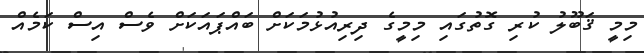
މިމީ ޤަބޫލު ކުރި ގޮތުގައި މިމީގެ ދިރިއުޅުމަކަށް ބައްޕައަކަށް ވެސް އިސް ކަމެއް